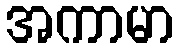
အကာမာ